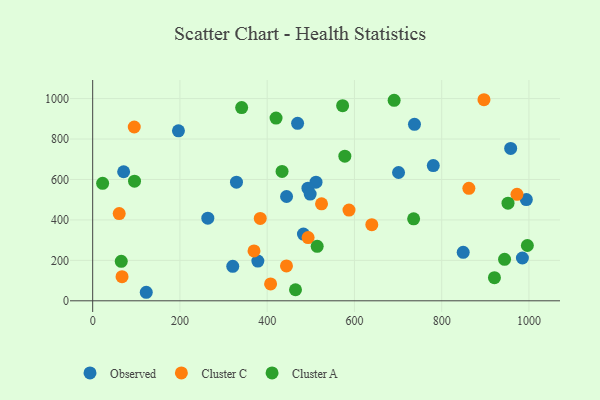
{"axis": {"x": "Ad Spend", "y": "Rating"}, "legend": ["Cluster A", "Cluster C", "Observed"], "data": [{"x": "321.1", "y": 170.3, "type": "Observed"}, {"x": "511.9", "y": 586.7, "type": "Observed"}, {"x": "444.4", "y": 515.9, "type": "Observed"}, {"x": "493.4", "y": 557.1, "type": "Observed"}, {"x": "985.0", "y": 211.6, "type": "Observed"}, {"x": "498.5", "y": 527.8, "type": "Observed"}, {"x": "122.8", "y": 42.2, "type": "Observed"}, {"x": "196.6", "y": 840.5, "type": "Observed"}, {"x": "329.6", "y": 586.5, "type": "Observed"}, {"x": "469.7", "y": 877.5, "type": "Observed"}, {"x": "958.1", "y": 753.5, "type": "Observed"}, {"x": "483.1", "y": 330.0, "type": "Observed"}, {"x": "994.0", "y": 500.7, "type": "Observed"}, {"x": "263.9", "y": 408.5, "type": "Observed"}, {"x": "737.6", "y": 872.7, "type": "Observed"}, {"x": "701.1", "y": 634.4, "type": "Observed"}, {"x": "849.3", "y": 239.6, "type": "Observed"}, {"x": "71.0", "y": 638.1, "type": "Observed"}, {"x": "780.7", "y": 668.8, "type": "Observed"}, {"x": "378.6", "y": 196.4, "type": "Observed"}, {"x": "493.8", "y": 312.6, "type": "Cluster C"}, {"x": "862.3", "y": 556.2, "type": "Cluster C"}, {"x": "587.5", "y": 448.6, "type": "Cluster C"}, {"x": "407.8", "y": 83.3, "type": "Cluster C"}, {"x": "95.3", "y": 859.4, "type": "Cluster C"}, {"x": "639.8", "y": 376.4, "type": "Cluster C"}, {"x": "896.9", "y": 994.3, "type": "Cluster C"}, {"x": "524.6", "y": 479.5, "type": "Cluster C"}, {"x": "60.8", "y": 431.4, "type": "Cluster C"}, {"x": "972.6", "y": 526.5, "type": "Cluster C"}, {"x": "444.2", "y": 172.5, "type": "Cluster C"}, {"x": "67.3", "y": 119.1, "type": "Cluster C"}, {"x": "384.1", "y": 407.6, "type": "Cluster C"}, {"x": "369.8", "y": 246.7, "type": "Cluster C"}, {"x": "691.0", "y": 991.5, "type": "Cluster A"}, {"x": "514.6", "y": 269.2, "type": "Cluster A"}, {"x": "341.5", "y": 955.5, "type": "Cluster A"}, {"x": "735.7", "y": 405.2, "type": "Cluster A"}, {"x": "420.3", "y": 903.8, "type": "Cluster A"}, {"x": "996.4", "y": 273.5, "type": "Cluster A"}, {"x": "572.9", "y": 964.8, "type": "Cluster A"}, {"x": "464.9", "y": 54.8, "type": "Cluster A"}, {"x": "920.9", "y": 114.3, "type": "Cluster A"}, {"x": "95.9", "y": 591.4, "type": "Cluster A"}, {"x": "434.1", "y": 639.8, "type": "Cluster A"}, {"x": "952.0", "y": 482.7, "type": "Cluster A"}, {"x": "65.5", "y": 195.4, "type": "Cluster A"}, {"x": "944.1", "y": 205.2, "type": "Cluster A"}, {"x": "22.8", "y": 580.7, "type": "Cluster A"}, {"x": "578.0", "y": 715.0, "type": "Cluster A"}]}